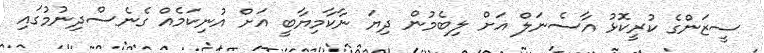
ސީޒަންގެ ކުރީކޮޅު އާސެނަލް އަށް ލިބެމުން ދިޔަ ނާކާމިޔާބީ އަށް އުނިކަމެއް ގެނެސްދިނުމުގައި